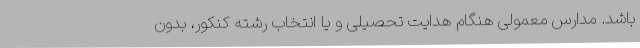
باشد. مدارس معمولی هنگام هدایت تحصیلی و یا انتخاب رشته کنکور، بدون